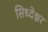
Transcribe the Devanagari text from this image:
सिध्देश्चर